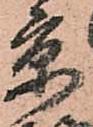
京